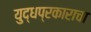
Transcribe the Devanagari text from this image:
युद्धप्रकाराचा